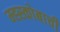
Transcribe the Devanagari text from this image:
म्ह्स्कोबाची